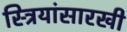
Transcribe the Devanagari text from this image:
स्त्रियांसारखी